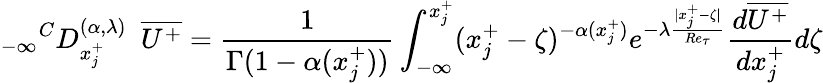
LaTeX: {_{-\infty}}^{C}D_{x_{j}^{+}}^{(\alpha,{\lambda})}~~\overline{{U^{+}}}=\frac{1}{\Gamma(1-\alpha(x_{j}^{+}))}\int_{-\infty}^{x_{j}^{+}}(x_{j}^{+}-\zeta)^{-\alpha(x_{j}^{+})}{e^{-\lambda\frac{|x_{j}^{+}-\zeta|}{Re_{\tau}}}}\frac{d\overline{{U^{+}}}}{dx_{j}^{+}}d\zeta